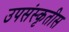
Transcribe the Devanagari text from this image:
उपसंस्कृतीस